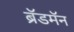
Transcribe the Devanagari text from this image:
ब्रॅडमॅन